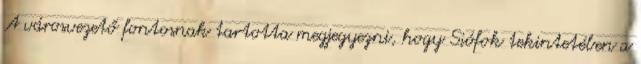
A városvezető fontosnak tartotta megjegyezni, hogy Siófok tekintetében a